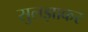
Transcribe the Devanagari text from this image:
सुलझाकर